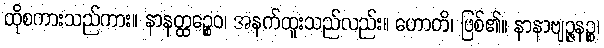
ထိုစကားသည်ကား။ နာနတ္ထဉ္စေဝ၊ အနက်ထူးသည်လည်း။ ဟောတိ၊ ဖြစ်၏။ နာနာဗျဉ္ဇနဉ္စ၊